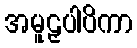
အမူဠှပါပိကာ